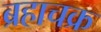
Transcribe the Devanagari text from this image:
ब्रहाचक्र